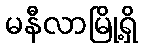
မနီလာမြို့ရှိ